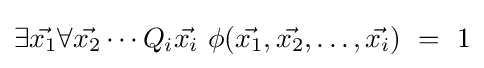
\exists {\vec {x_{1}}}\forall {\vec {x_{2}}}\cdots Q_{i}{\vec {x_{i}}}\ \phi ({\vec {x_{1}}},{\vec {x_{2}}},\dots ,{\vec {x_{i}}})\ =\ 1